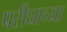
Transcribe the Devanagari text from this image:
परीघाच्या